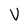
Character: V